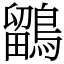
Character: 鶹